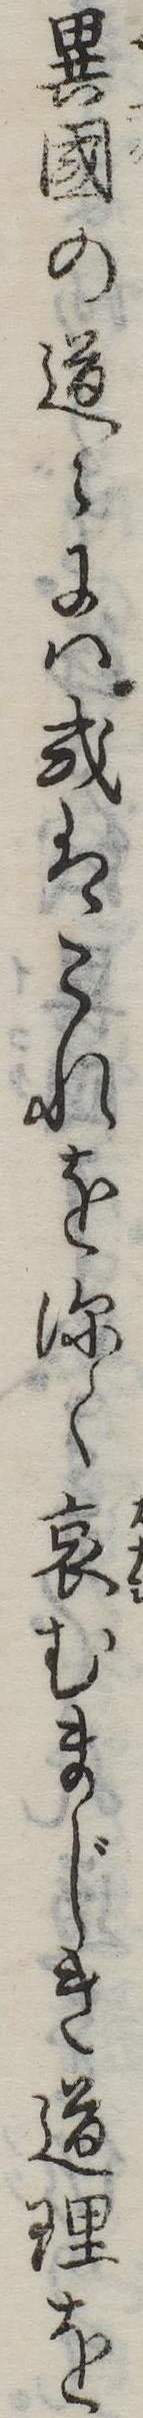
異国の道には或はこれを深く哀むまじき道理を